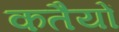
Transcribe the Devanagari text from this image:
कतैयों